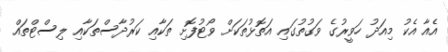
އެއާ އެކު މިއަދު ހަވީރުގެ ވަގުތުގައި އަތޮޅުތަކަށް ވޯޓުފޮށި ތަކާއި ކަރުދާސްތަކާއި ލިސްޓްތައް